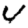
Digit: 4